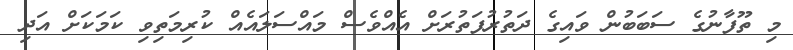
މި ތޫފާނުގެ ސަބަބުން ވައިގެ ދަތުރުފަތުރަށް އެއްވެސް މައްސަލައެއް ކުރިމަތިވި ކަމަކަށް އަދި